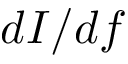
d I / d f